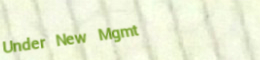
Under New Mgmt